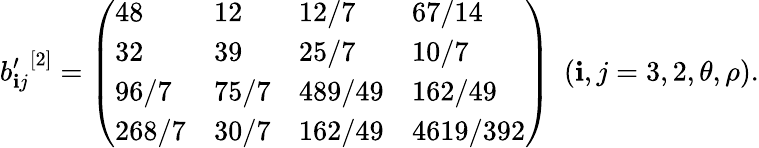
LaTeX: {b_{\mathbf{i}j}^{\prime}}^{[2]}=\left(\begin{array}{llll}{{48}}&{{12}}&{{12/7}}&{{67/14}}\\ {{32}}&{{39}}&{{25/7}}&{{10/7}}\\ {{96/7}}&{{75/7}}&{{489/49}}&{{162/49}}\\ {{268/7}}&{{30/7}}&{{162/49}}&{{4619/392}}\end{array}\right)\ \ (\mathbf{i},j=3,2,\theta,\rho).